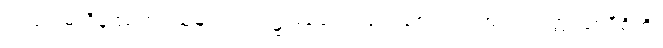
သည်။ မာဝိနဿတု၊ သူများလက်၌ မပျောက်ပျက်စေလင့်။ အယံ တတ္ထ သာမီစိတိ၊